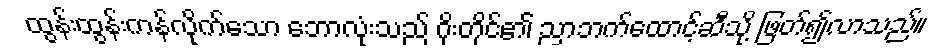
ထွန်းထွန်းကန်လိုက်သော ဘောလုံးသည် ဂိုးတိုင်၏ ညာဘက်ထောင့်ဆီသို့ ဖြတ်၍လာသည်။